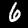
Label: 6